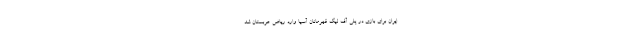
ایران برای بازی در پلی آف لیگ قهرمانان آسیا وارد ریاض عربستان شد.